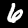
Digit: 6